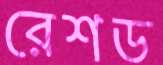
রেশড